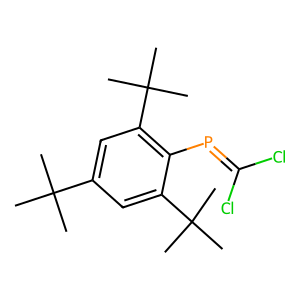
SMILES: CC(C)(C)c1cc(C(C)(C)C)c(P=C(Cl)Cl)c(C(C)(C)C)c1
Inhibits HIV replication: No